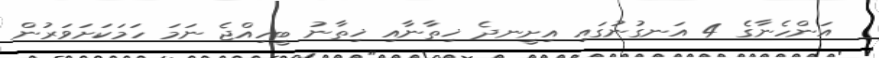
އަންހެނާގެ 4 އަނގުނުގައި އިށީނދެ ޚިތާނާއި ޚިތާނު ބީހިއްޖެ ނަމަ ހަމަކަށަވަރުން